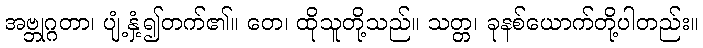
အဗ္ဘုဂ္ဂတာ၊ ပျံ့နှံ့၍တက်၏။ တေ၊ ထိုသူတို့သည်။ သတ္တ၊ ခုနစ်ယောက်တို့ပါတည်း။